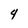
Character: 4